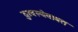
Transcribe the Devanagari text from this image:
दुरवस्थेबाबत